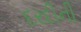
દરદીની